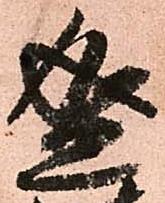
盛